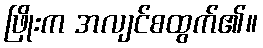
ဖြိုးက အလျင်စထွက်၏။